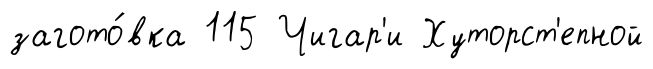
загото́вка 115 Чигар'и Хуторст'епной